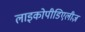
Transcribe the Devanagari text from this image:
लाइकोपीडिएलीज़